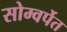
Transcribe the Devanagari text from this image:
सोम्वर्पेत